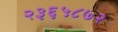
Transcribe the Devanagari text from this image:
२३६५८७२